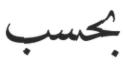
بحسب